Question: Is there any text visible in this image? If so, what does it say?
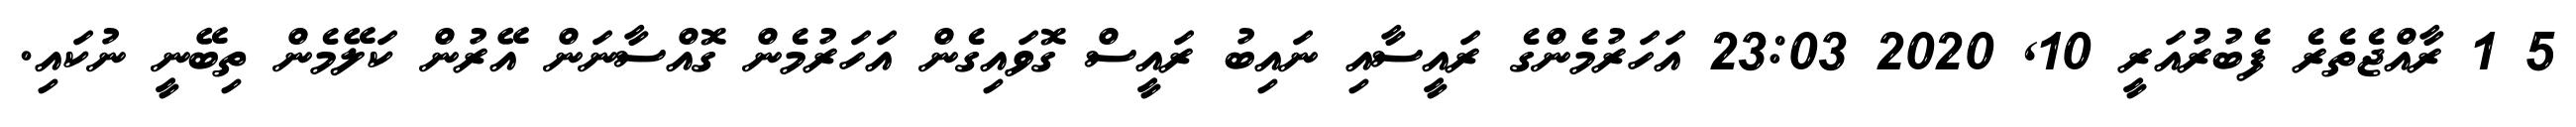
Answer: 5 1 ރާއްޖެތެރެ ފެބުރުއަރީ 10, 2020 23:03 އަހަރުމެންގެ ރައީސާއި ނައިބު ރައީސް ގޮވައިގެން އަހަރުމެން ގޮއްސާނަން އޭރުން ކަލޭމެން ތިބޭނީ ނުކައި.